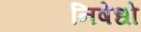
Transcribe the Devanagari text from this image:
निषेधो